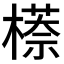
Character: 𬄠